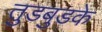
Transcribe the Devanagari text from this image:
तुडबुडके